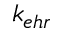
k _ { e h r }